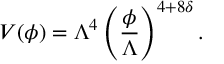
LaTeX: V ( \phi ) = \Lambda ^ { 4 } \left( \frac { \phi } { \Lambda } \right) ^ { 4 + 8 \delta } .